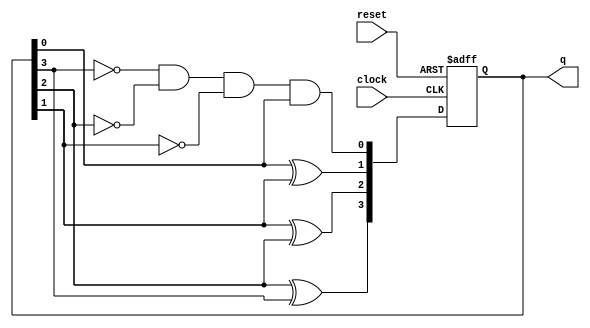
module johnson_counter(
  input clock,
  input reset,
  output reg [3:0] q
);

reg [3:0] next_state;

always @(posedge clock or posedge reset) begin
  if (reset) begin
    q <= 4'b0001;
  end else begin
    q <= next_state;
  end
end

always @(*) begin
  next_state[0] = ~q[3] & ~q[2] & ~q[1] & q[0];
  next_state[1] = q[0] ^ q[1];
  next_state[2] = q[1] ^ q[2];
  next_state[3] = q[2] ^ q[3];
end

endmodule